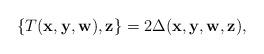
LaTeX: \begin{align*}\{T(\mathbf{x},\mathbf{y},\mathbf{w}),\mathbf{z}\}=2\Delta (\mathbf{x},\mathbf{y},\mathbf{w},\mathbf{z}),\end{align*}